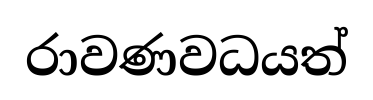
රාවණවධයත්